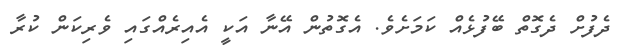
ދެފުށް ދެގޮތް ބޭފުޅެއް ކަމަށެވެ. އެގޮތުން އޭނާ އަކީ އެއިރެއްގައި ވެރިކަން ކުރާ